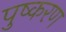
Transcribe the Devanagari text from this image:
पुष्करण